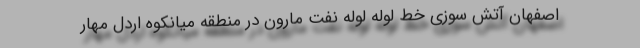
اصفهان آتش سوزی خط لوله لوله نفت مارون در منطقه میانکوه اردل مهار